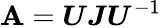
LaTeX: \boldsymbol{\mathbf{A}}=\boldsymbol{U}\boldsymbol{J}\boldsymbol{U}^{-1}